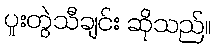
ပူးတွဲသီချင်း ဆိုသည်။